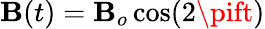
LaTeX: \mathbf{B}(t)=\mathbf{B}_{o}\cos(2\pift)